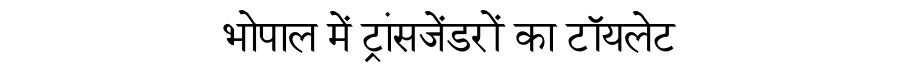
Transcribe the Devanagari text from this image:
भोपाल में ट्रांसजेंडरों का टॉयलेट